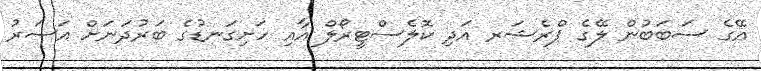
އޭގެ ސަބަބުން ލޭގެ ޕްރެޝަރ އަދި ކޮލެސްޓީރޯލް އާއި ހަށިގަނޑުގެ ބަރުދަނަށް އަސަރު